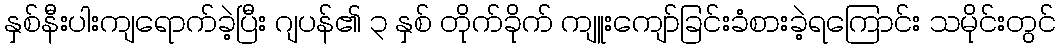
နှစ်နီးပါးကျရောက်ခဲ့ပြီး ဂျပန်၏ ၃ နှစ် တိုက်ခိုက် ကျူးကျော်ခြင်းခံစားခဲ့ရကြောင်း သမိုင်းတွင်